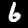
Digit: 6